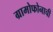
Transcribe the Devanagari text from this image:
ग्रामोफोनाची